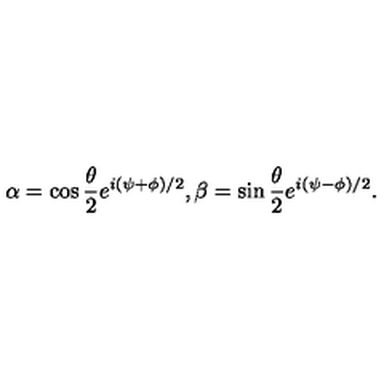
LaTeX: \alpha = \cos { \frac { \theta } { 2 } } e ^ { i ( \psi + \phi ) / 2 } , \beta = \sin { \frac { \theta } { 2 } } e ^ { i ( \psi - \phi ) / 2 } .